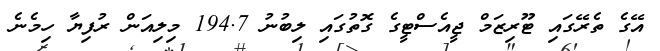
އޭގެ ތެރޭގައި ޓޫރިޒަމް ޖީއެސްޓީގެ ގޮތުގައި ލިބުނު 194.7 މިލިއަން ރުފިޔާ ހިމެނެ